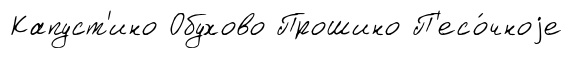
Капуст'ино Обухово Прошино П'есо́чноjе